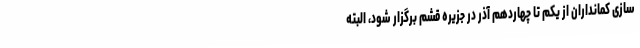
سازی کمانداران از یکم تا چهاردهم آذر در جزیره قشم برگزار شود، البته